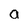
Character: a